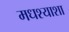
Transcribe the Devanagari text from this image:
मधश्याशा